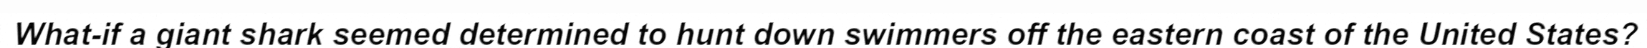
What-if a giant shark seemed determined to hunt down swimmers off the eastern coast of the United States?